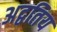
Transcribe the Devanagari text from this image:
अद्वतिय